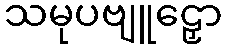
သမုပဗျူဠှော